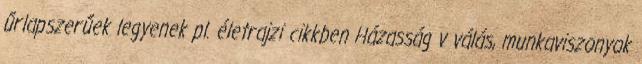
űrlapszerűek legyenek pl. életrajzi cikkben Házasság v válás, munkaviszonyok